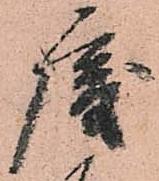
唐